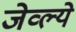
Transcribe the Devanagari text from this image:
जेव्ल्ये